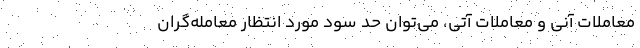
معاملات آنی و معاملات آتی، می‌توان حد سود مورد انتظار معامله‌گران